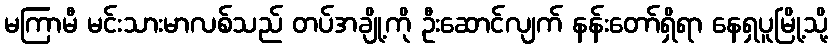
မကြာမီ မင်းသားမာလစ်သည် တပ်အချို့ကို ဦးဆောင်လျက် နန်းတော်ရှိရာ နေရှပူမြို့သို့